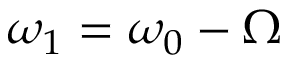
\omega _ { 1 } = \omega _ { 0 } - \Omega